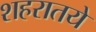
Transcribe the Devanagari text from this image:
शहरातये